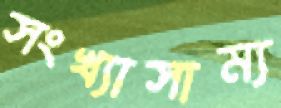
সংখ্যাসাম্য